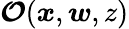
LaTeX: \boldsymbol{\mathcal{O}}(\boldsymbol{x},\boldsymbol{w},z)